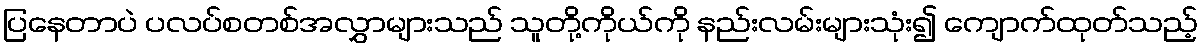
ပြနေတာပဲ ပလပ်စတစ်အလွှာများသည် သူတို့ကိုယ်ကို နည်းလမ်းများသုံး၍ ကျောက်ထုတ်သည့်